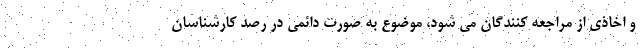
و اخاذی از مراجعه کنندگان می شود، موضوع به صورت دائمی در رصد کارشناسان